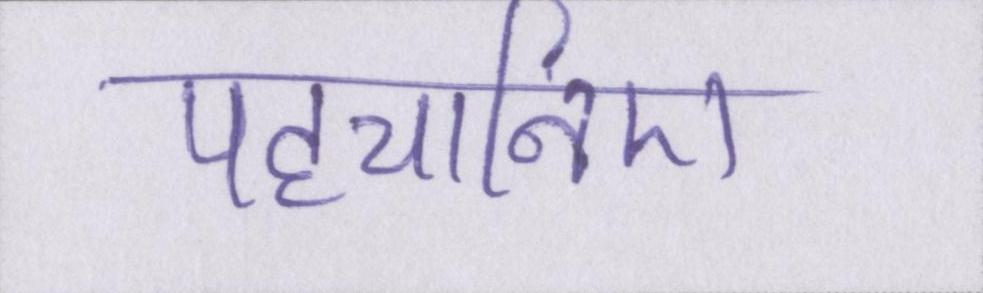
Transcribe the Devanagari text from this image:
पहचानिए